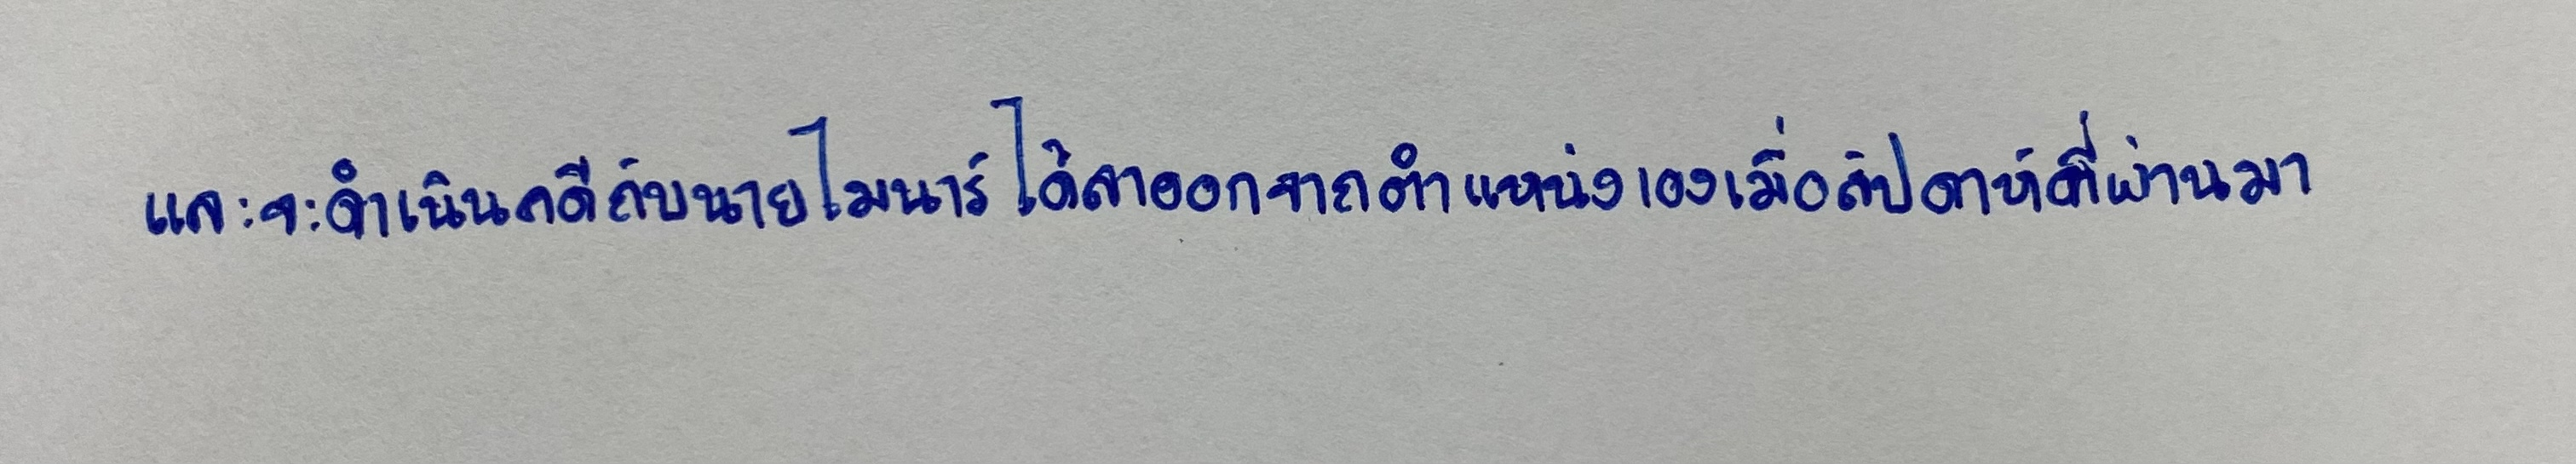
และจะดำเนินคดีกับนายไมนาร์ได้ลาออกจากตำแหน่งเองเมื่อสัปดาห์ที่ผ่านมา